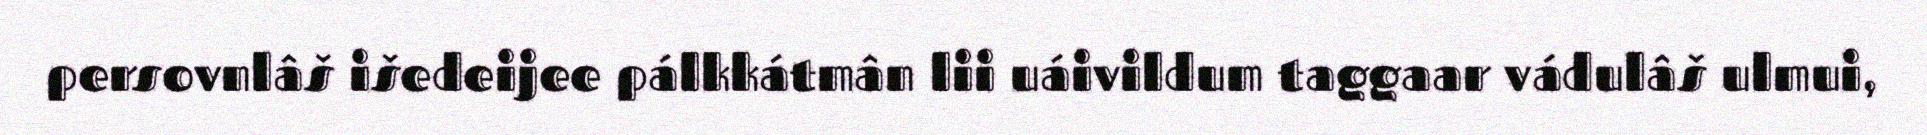
persovnlâš išedeijee pálkkátmân lii uáivildum taggaar vádulâš ulmui,